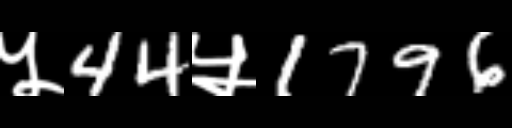
Text: ५44५1796